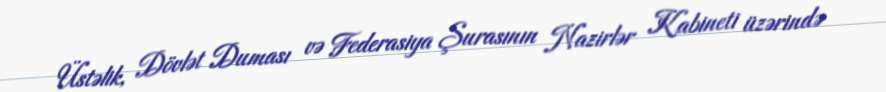
Üstəlik, Dövlət Duması və Federasiya Şurasının Nazirlər Kabineti üzərində